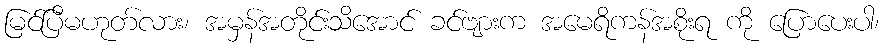
မြင်ပြီမဟုတ်လား၊ အမှန်အတိုင်းသိအောင် ခင်ဗျားက အမေရိကန်အစိုးရ ကို ပြောပေးပါ၊